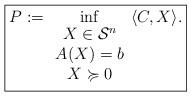
LaTeX: \begin{align*}\boxed{P:=\mathop{\inf}_{\begin{array}{c}X\in \mathcal S^n \\A(X) = b\\X \succcurlyeq 0\\\end{array}} \langle C, X \rangle. }\end{align*}